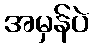
အမှန်ပဲ